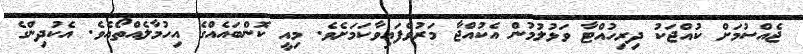
ޖެއްސުމަށް ކުއްޖަކު ދިރިހުއްޓާ ވަޅުލުމުން އެކުއްޖާ މަރުވެފައިވާކަމަށެވެ. މިއީ ކޮންބައެއްގެ އިހުމާލެއްތޯއެވެ. އެކުދިންގެ